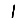
Digit: 1